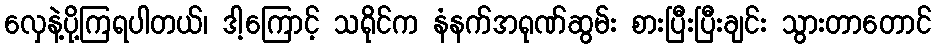
လှေနဲ့ပို့ကြရပါတယ်၊ ဒါ့ကြောင့် သရိုင်က နံနက်အရုဏ်ဆွမ်း စားပြီးပြီးချင်း သွားတာတောင်